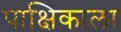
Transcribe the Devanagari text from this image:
पाक्षिकाला